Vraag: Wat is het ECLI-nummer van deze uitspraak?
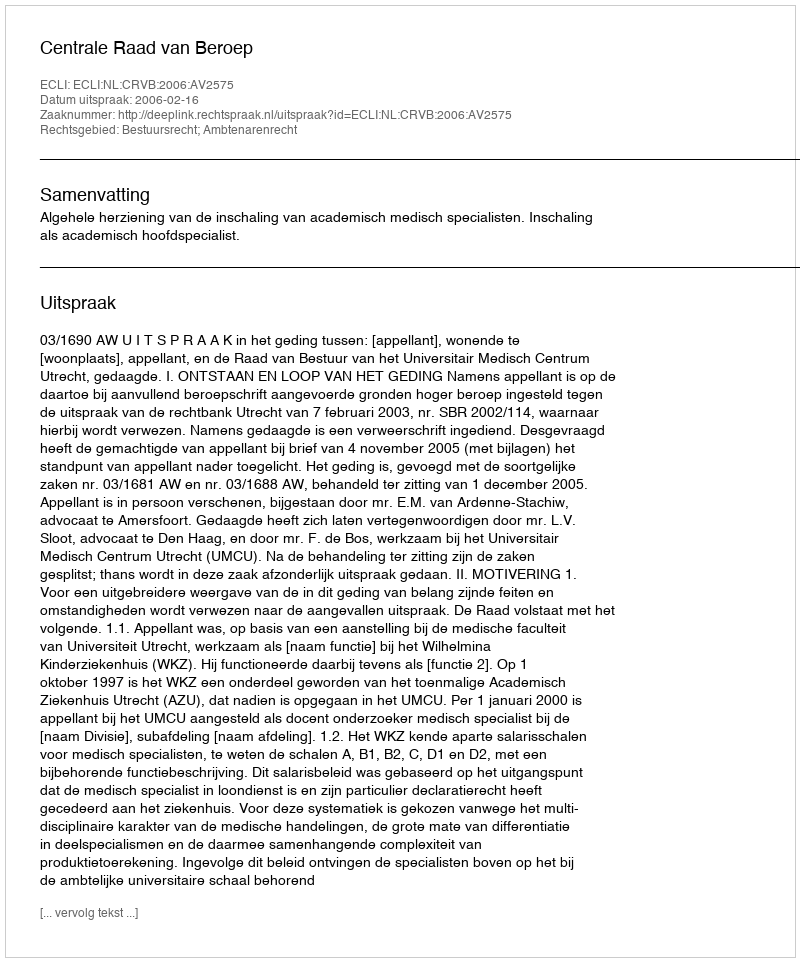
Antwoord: ECLI:NL:CRVB:2006:AV2575